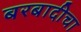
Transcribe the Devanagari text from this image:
बरबादीचा